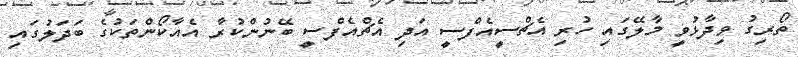
ތޯރިގު ވިދާޅުވީ މާލޭގައި ހުރި އެޗްސީއެފްސީ އަދި އެޗްއެފްސީ ބޭނުންކުރާ އެއާކޯންތަކުގެ ބަދަލުގައި